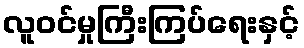
လူဝင်မှုကြီးကြပ်ရေးနှင့်